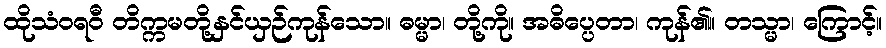
ထိုသံဝရဝီ တိက္ကမတို့နှင်ယှဉ်ကုန်သော။ ဓမ္မာ၊ တို့ကို။ အဓိပ္ပေတာ၊ ကုန်၏။ တသ္မာ၊ ကြောင့်။